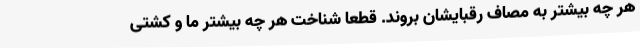
هر چه بیشتر به مصاف رقبایشان بروند. قطعا شناخت هر چه بیشتر ما و کشتی